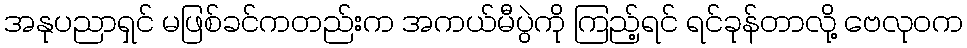
အနုပညာရှင် မဖြစ်ခင်ကတည်းက အကယ်မီပွဲကို ကြည့်ရင် ရင်ခုန်တာလို့ ဗေလုဝက